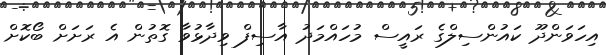
އިހަވަންދޫ ކައުންސިލްގެ ރައީސް މުހައްމަދު އާސިފް ވިދާޅުވާ ގޮތުން އެ ރަށަށް ބޯކޮށް